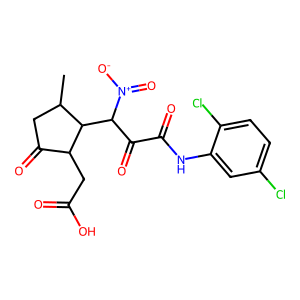
SMILES: CC1CC(=O)C(CC(=O)O)C1C(C(=O)C(=O)Nc1cc(Cl)ccc1Cl)[N+](=O)[O-]
Inhibits HIV replication: No